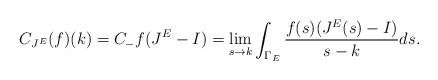
LaTeX: \begin{align*} C_{J^E} (f)(k)=C_{-}{f(J^E-I)}=\lim_{s\rightarrow k}\int_{\Gamma_E}\frac{f(s)(J^E(s)-I)}{s-k}ds.\end{align*}